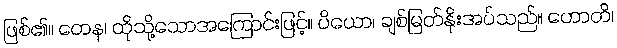
ဖြစ်၏။ တေန၊ ထိုသို့သောအကြောင်းဖြင့်။ ပိယော၊ ချစ်မြတ်နိုးအပ်သည်။ ဟောတိ၊